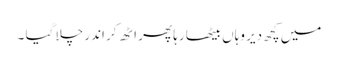
میں کچھ دیر وہاں بیٹھا رہا پھر اٹھ کر اندر چلا گیا ۔